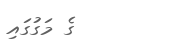
ގެ މަގުގައި